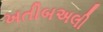
ખતીબઅલી